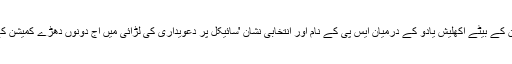
ملائم سنگھ یادو اور ان کے بیٹے اکھلیش یادو کے درمیان ایس پی کے نام اور انتخابی نشان 'سائیکل پر دعویداری کی لڑائی میں آج دونوں دھڑے کمیشن کے سامنے پیش ہوئے۔